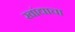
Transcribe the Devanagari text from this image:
खांद्याचा